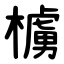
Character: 㯭